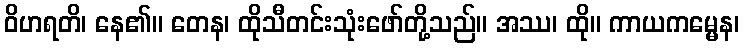
ဝိဟရတိ၊ နေ၏။ တေန၊ ထိုသီတင်းသုံးဖော်တို့သည်။ အဿ၊ ထို။ ကာယကမ္မေန၊